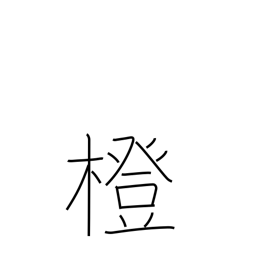
Meaning: bitter orange